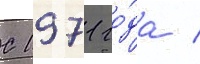
С 1971 го́да /